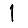
Digit: 1